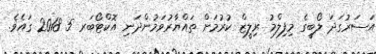
އަސަރުގަދަ ލޯބީގެ މިފިލްމު ރިލީޒް ކުރުމަށް ތައްޔާރުވަމުންދަނި އޮކްޓޯބަރ 5 2018 ގައެވެ.